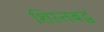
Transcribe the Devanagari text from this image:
शिस्तबद्घ